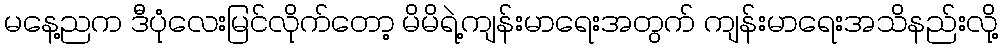
မနေ့ညက ဒီပုံလေးမြင်လိုက်တော့ မိမိရဲ့ကျန်းမာရေးအတွက် ကျန်းမာရေးအသိနည်းလို့